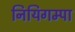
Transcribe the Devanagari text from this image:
नियिगम्‍पा